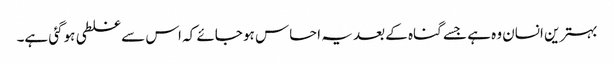
بہترین انسان وہ ہے جسے گناہ کے بعد یہ احساس ہو جائے کہ اس سے غلطی ہوگئی ہے۔